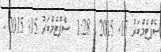
ސެޕްޓެމްބަރު 15